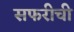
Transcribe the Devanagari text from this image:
सफरीची